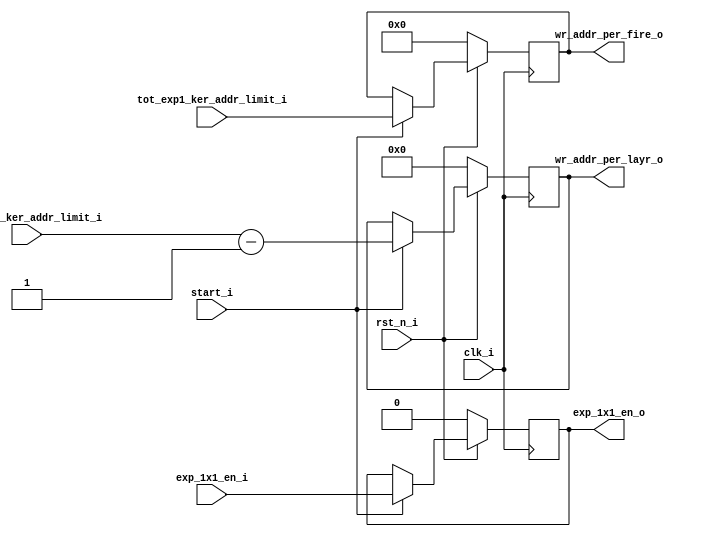
//**************************************************************************************************
// Project/Product : IDCT
// Description     : Inverse Discrete Cosine Transform 
//                   row and column 1D IDCT operation 
//                   with 3 stage pipeline in each 1D IDCT
// Dependencies    : global_defs.v, global_func.v, synch_fifo.v
// References      : 
//
//**************************************************************************************************
   
`timescale 1ns / 1ps

module write_config_exp_1x1(
	clk_i,
	rst_n_i,

	start_i,
	exp_1x1_en_i,
	tot_exp1_ker_addr_limit_i,
	one_exp1_ker_addr_limit_i,
	
	exp_1x1_en_o,
	wr_addr_per_fire_o,
	wr_addr_per_layr_o
);


//----------------------------------------------------------------------------------------------------------------------
// Global constant and function headers
//----------------------------------------------------------------------------------------------------------------------

//----------------------------------------------------------------------------------------------------------------------
// parameter definitions
//----------------------------------------------------------------------------------------------------------------------

//----------------------------------------------------------------------------------------------------------------------
// localparam definitions
//----------------------------------------------------------------------------------------------------------------------

	/*
	Configurations

	tot_exp1_ker_addr_limit_i :- [(NO of expand kernals * depth) / 4 ] - 1
	one_exp1_ker_addr_limit_i :- [NO of expand kernals / 4]

	*/

//----------------------------------------------------------------------------------------------------------------------
// I/O signals
//----------------------------------------------------------------------------------------------------------------------

	// System Clock Signals
	input 															clk_i;
	input 															rst_n_i;

	// COnfiguration Control Signals
	input 															start_i;
	input 															exp_1x1_en_i;
	input 						[11:0] 								tot_exp1_ker_addr_limit_i;
	input 						[6:0] 								one_exp1_ker_addr_limit_i;

	// FIRE Layer Control Signals
	output 	reg 													exp_1x1_en_o;
	output 	reg					[11:0] 								wr_addr_per_fire_o;
	output  reg 				[6:0] 								wr_addr_per_layr_o;	

//----------------------------------------------------------------------------------------------------------------------
// Internal wires and registers
//----------------------------------------------------------------------------------------------------------------------

//----------------------------------------------------------------------------------------------------------------------
// Implmentation
//----------------------------------------------------------------------------------------------------------------------

	// Exp 1x1 Enable
	always @(posedge clk_i) begin : EXP_1X1_EN
		if(~rst_n_i) begin
			exp_1x1_en_o <= 0;
		end 
		else if(start_i)begin
			exp_1x1_en_o <= exp_1x1_en_i;
		end
	end

	// COnfiguration COntrol Signals
	always @(posedge clk_i) begin : CONFIG_SIGNAL
		if(~rst_n_i) begin
			wr_addr_per_fire_o 		<= 0;
			wr_addr_per_layr_o 		<= 0;
		end 
		else if(start_i) begin
			wr_addr_per_fire_o 		<= tot_exp1_ker_addr_limit_i;
			wr_addr_per_layr_o 		<= one_exp1_ker_addr_limit_i - 1;
		end
	end

//----------------------------------------------------------------------------------------------------------------------
// Sub module instantiation
//----------------------------------------------------------------------------------------------------------------------


endmodule